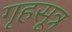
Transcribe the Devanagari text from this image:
गृहसूत्र